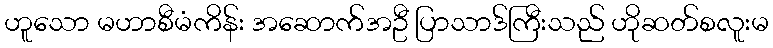
ဟူသော မဟာစီမံကိန်း အဆောက်အဦ ပြာသာဒ်ကြီးသည် ဟိုဆတ်စလူးမ